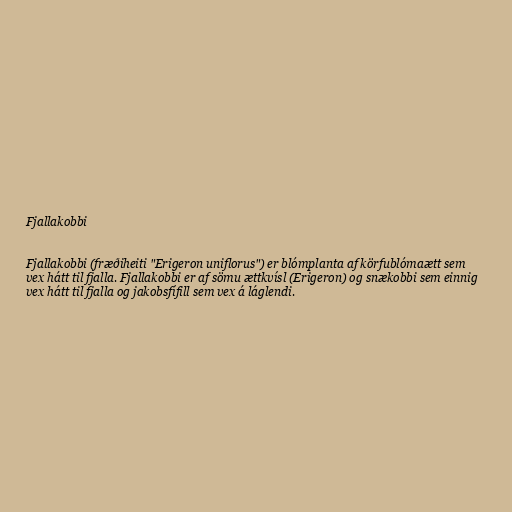
Fjallakobbi

Fjallakobbi (fræðiheiti "Erigeron uniflorus") er blómplanta af körfublómaætt sem
vex hátt til fjalla. Fjallakobbi er af sömu ættkvísl (Erigeron) og snækobbi sem einnig
vex hátt til fjalla og jakobsfífill sem vex á láglendi.